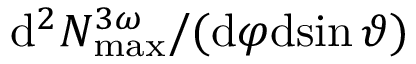
\mathrm { d } ^ { 2 } N _ { \mathrm { m a x } } ^ { 3 \omega } / ( \mathrm { d } \varphi \mathrm { d } \! \sin \vartheta )